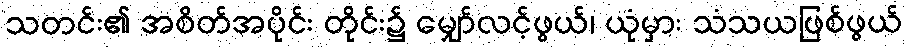
သတင်း၏ အစိတ်အပိုင်း တိုင်း၌ မျှော်လင့်ဖွယ်၊ ယုံမှား သံသယဖြစ်ဖွယ်